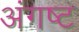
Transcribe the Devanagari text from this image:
अंगष्ट